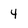
Character: 4